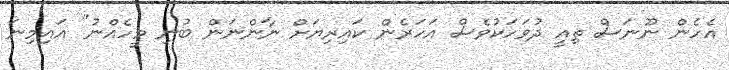
އެހެން ނޫނަސް ތިއީ ދުވަަހަކުވެސް އަހަރެން ކައިރިޔަށް ނާންނަން ބުނި މީހެއްނު" އައިމިނަ